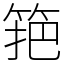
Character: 筢